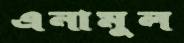
এনামুল